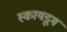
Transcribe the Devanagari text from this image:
स्कायडूम